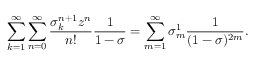
\sum _ { k = 1 } ^ { \infty } \sum _ { n = 0 } ^ { \infty } \frac { \sigma _ { k } ^ { n + 1 } z ^ { n } } { n ! } \frac { 1 } { 1 - \sigma } = \sum _ { m = 1 } ^ { \infty } \sigma _ { m } ^ { 1 } \frac { 1 } { ( 1 - \sigma ) ^ { 2 m } } .